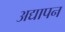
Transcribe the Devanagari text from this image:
अद्यापन